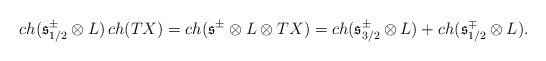
\begin{align*}ch(\mathfrak{s}^{\pm}_{1/2}\otimes L)\,ch(TX) = ch(\mathfrak{s}^{\pm}\otimes L \otimes TX) = ch(\mathfrak{s}^{\pm}_{3/2}\otimes L) + ch(\mathfrak{s}^{\mp}_{1/2}\otimes L).\end{align*}